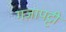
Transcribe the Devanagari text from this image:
गज़ापट्टी